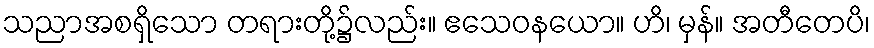
သညာအစရှိသော တရားတို့၌လည်း။ ဧသေဝနယော။ ဟိ၊ မှန်။ အတီတေပိ၊